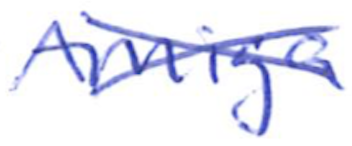
Text: Amiga
Cross-out: cross
Writing tool: ballpoint